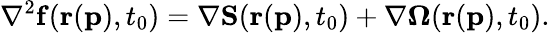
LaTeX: \mathbf{\nabla}^{2}\mathbf{f}(\mathbf{r}(\mathbf{p}),t_{0})=\mathbf{\nabla}\mathbf{S}(\mathbf{r}(\mathbf{p}),t_{0})+\mathbf{\nabla}\mathbf{\Omega}(\mathbf{r}(\mathbf{p}),t_{0}).